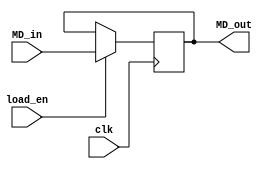
module MDR(input [15:0] MD_in,
           input load_en,
           input clk,
           output reg [15:0] MD_out);

    always@(posedge clk)
    begin
        if(load_en)
			MD_out <= MD_in;
    end


endmodule